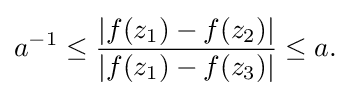
\displaystyle {a^{-1}\leq {|f(z_{1})-f(z_{2})| \over |f(z_{1})-f(z_{3})|}\leq a.}